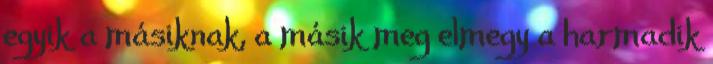
egyik a másiknak, a másik meg elmegy a harmadik